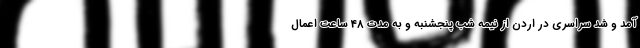
آمد و شد سراسری در اردن از نیمه شب پنجشنبه و به مدت 48 ساعت اعمال